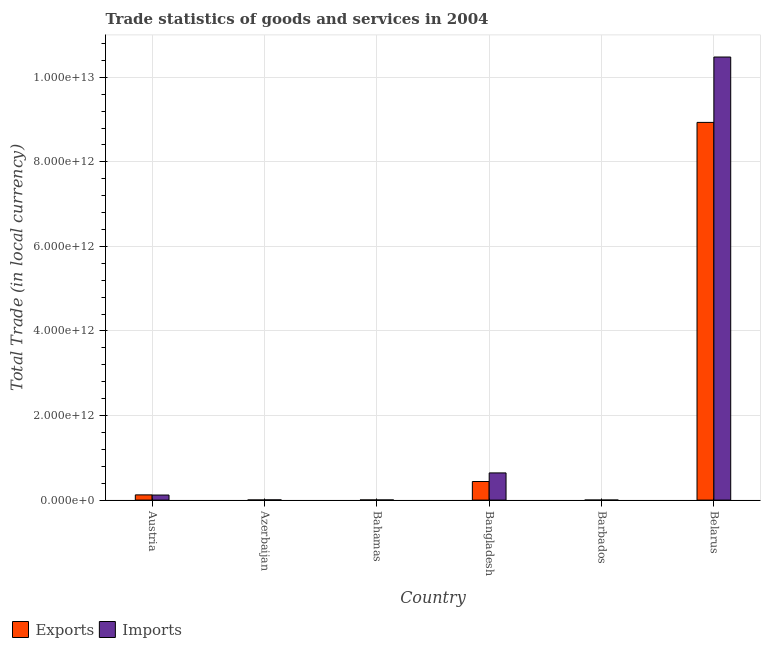
| Country | Exports | Imports |
 | --- | --- | --- |
 | Austria | 1.24e+11 | 1.2e+11 |
 | Azerbaijan | 3e+09 | 5.25e+09 |
 | Bahamas | 3.57e+09 | 3.44e+09 |
 | Bangladesh | 4.4e+11 | 6.43e+11 |
 | Barbados | 6.44e+08 | 7.75e+08 |
 | Belarus | 8.93e+12 | 1.05e+13 |